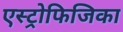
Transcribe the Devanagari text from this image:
एस्ट्रोफिजिका